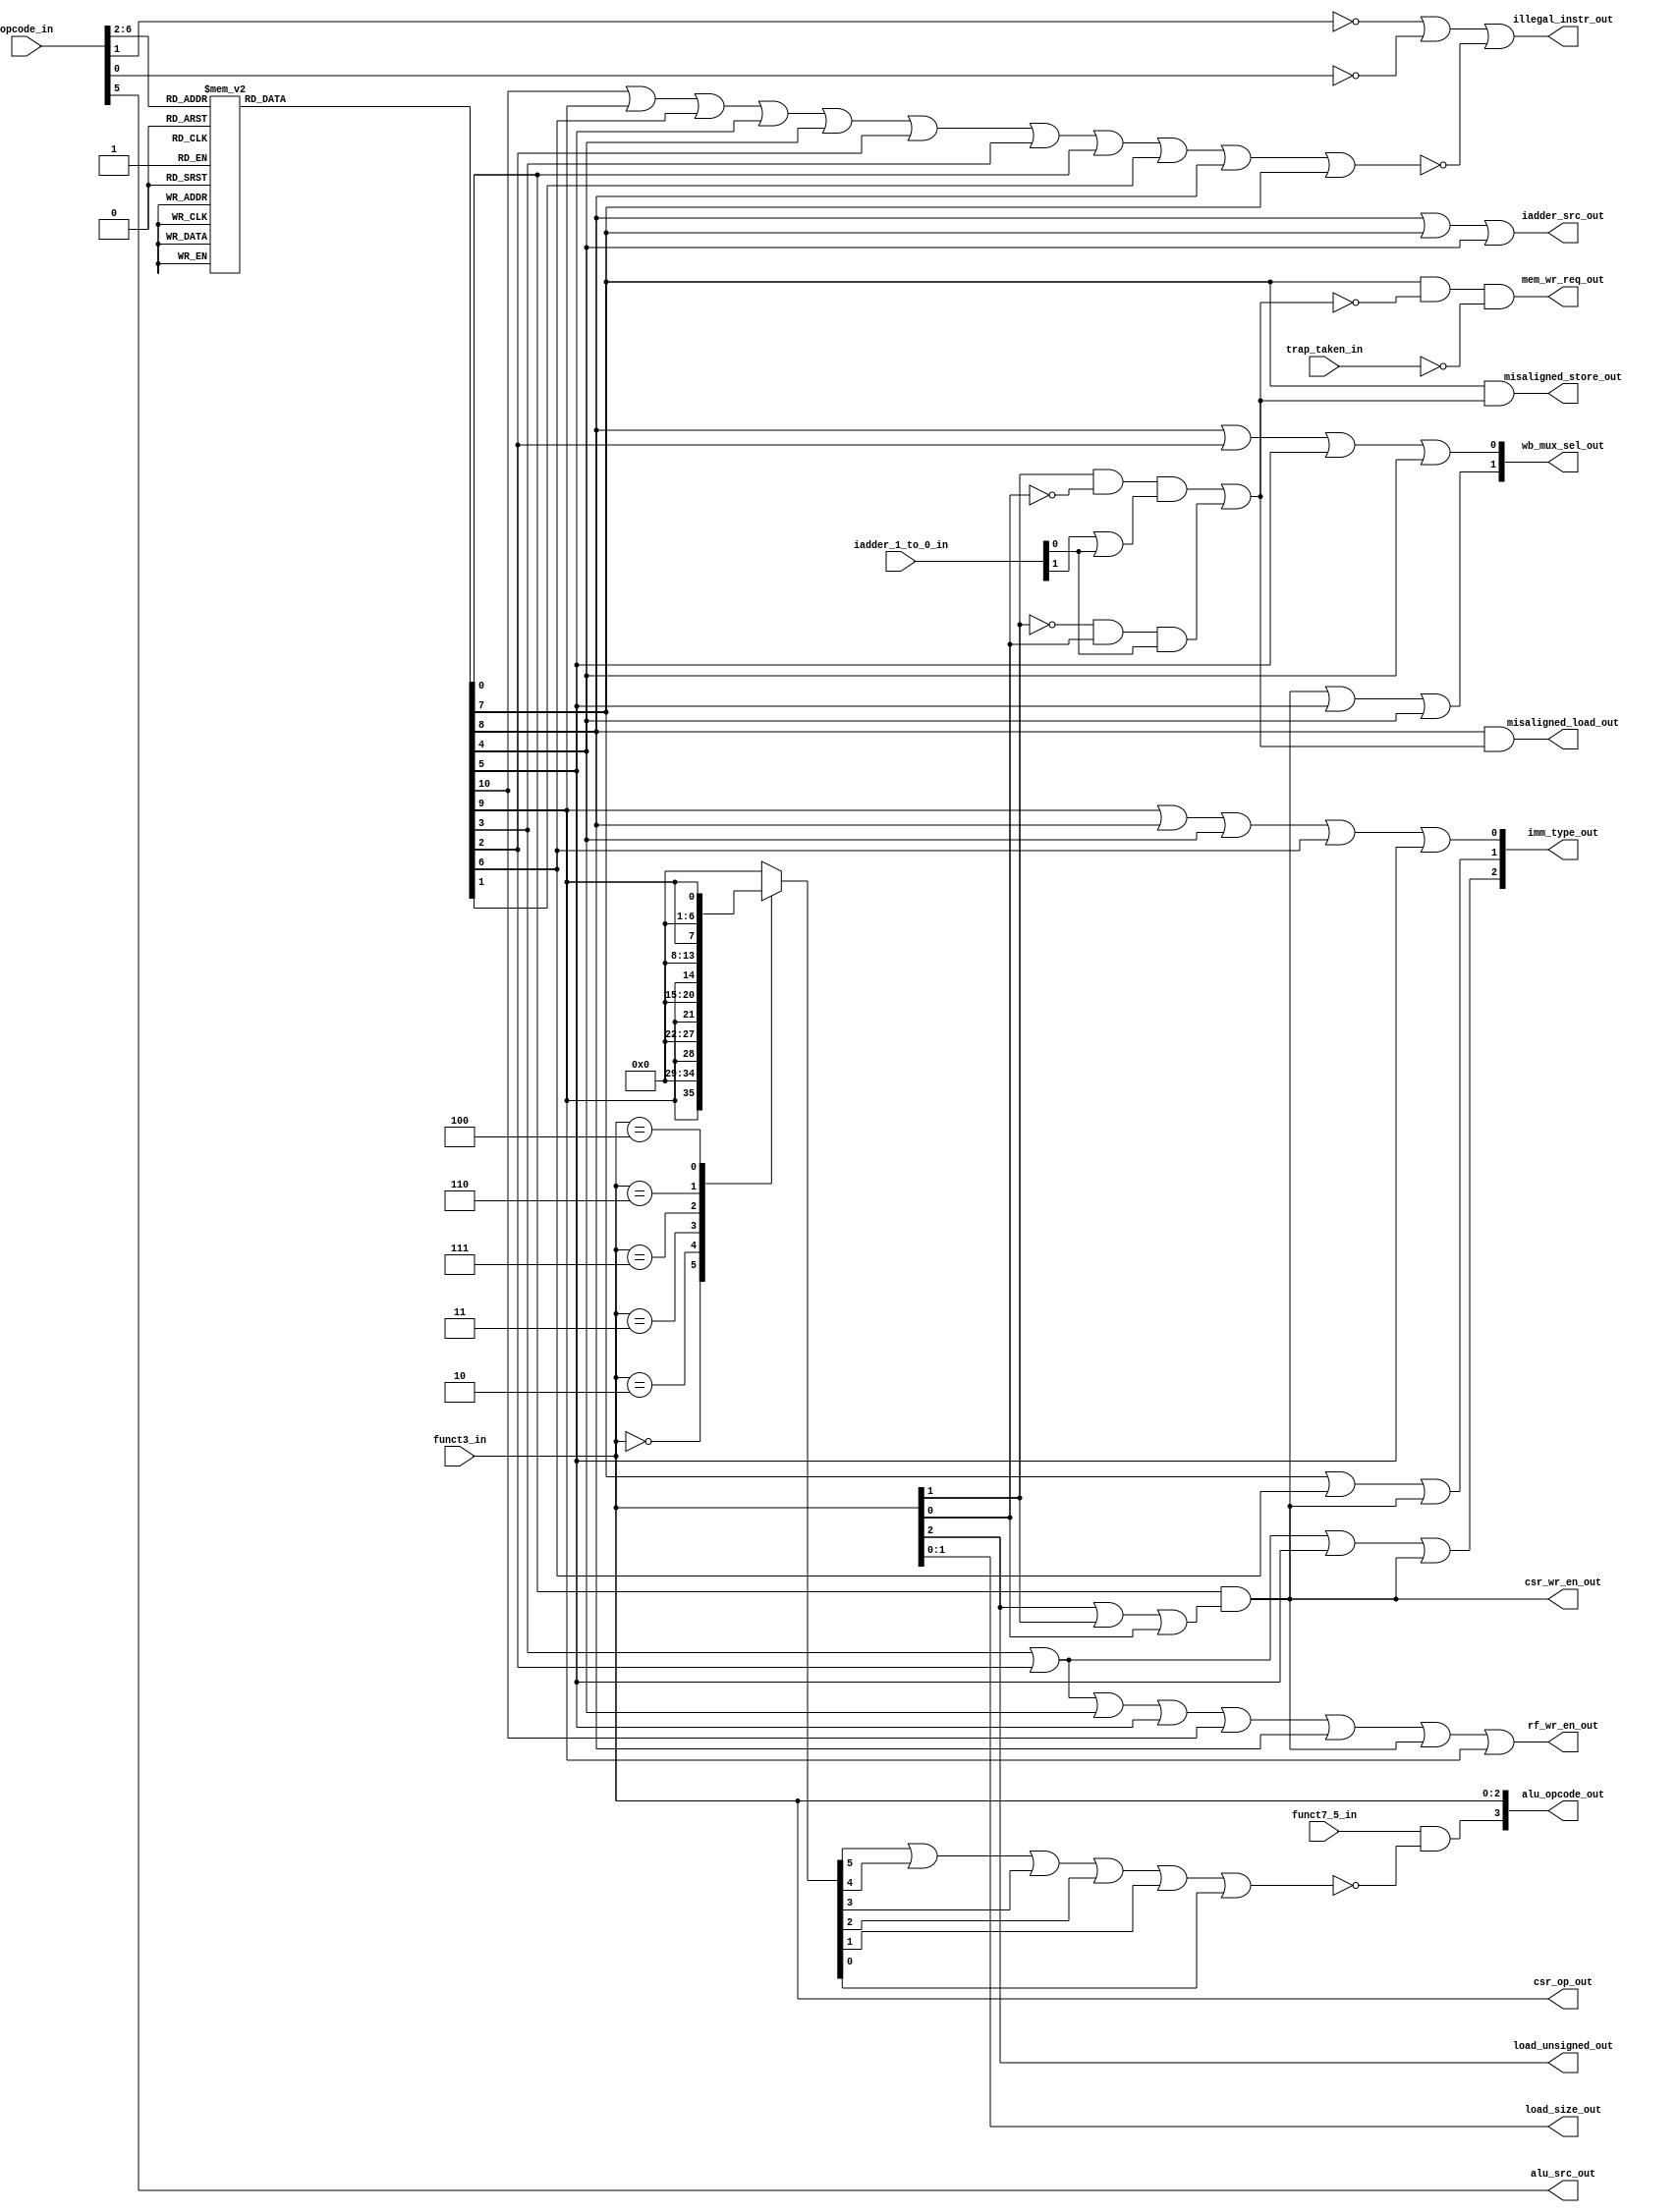
                            
`timescale 1ns / 1ps

module msrv32_dec(
                  input [6:0] opcode_in,            //instruction opcode for selecting instruction types
                  input funct7_5_in,                //selecting SRA and SUB
                  input [2:0] funct3_in,            //furture selection of instruction within the instruction types
                  input [1:0] iadder_1_to_0_in,     //last 2 bits of instruction address, used to check for any misalignment
                  input trap_taken_in,              //ip from machine control indicating Interrupt(if MIE==1),exception(eg misalignment or illegal instr) ecall & ebreak
    
                  output [3:0] alu_opcode_out,      //opcode value to the ALU for arithmetic instructions 
                  output mem_wr_req_out,            //driven to the store unit for selecting the type of data masking
                  output [1:0] load_size_out,       //driven to the load unit for selcting the size of data (i.e byte, half_word or word)
                  output load_unsigned_out,         //driven to the load unit for selecting data as signed or unsigned i.e sign-extension
                  output alu_src_out,               //select line used to choose R-type or I-type operation for ALU operations
                  output iadder_src_out,            //select line used to update next instruction address with (RS1+imm) or (PC_next+imm)
                  output csr_wr_en_out,             //write enable to csr register file
                  output rf_wr_en_out,              //write enable to register file
                  output [2:0] wb_mux_sel_out,      //write-back mux select line that selects the required result of the pipeline operations
                  output [2:0] imm_type_out,        //selection of the type of immediate (driven to the immediate generator)
                  output [2:0] csr_op_out,          
                  output illegal_instr_out,         //signal to indicate an illegal instruction (driven to machine control)
                  output misaligned_load_out,       //signal to indicate misaligned load (driven to machine control)
                  output misaligned_store_out       //signal to indicate misaligned store (driven to machine control)
                 );

// Implemented instruction type opcodes
   parameter  OPCODE_OP       =    5'b01100;
   parameter  OPCODE_OP_IMM   =    5'b00100;
   parameter  OPCODE_LOAD     =    5'b00000;
   parameter  OPCODE_STORE    =    5'b01000;
   parameter  OPCODE_BRANCH   =    5'b11000;
   parameter  OPCODE_JAL      =    5'b11011;
   parameter  OPCODE_JALR     =    5'b11001;
   parameter  OPCODE_LUI      =    5'b01101;
   parameter  OPCODE_AUIPC    =    5'b00101;
   parameter  OPCODE_MISC_MEM =    5'b00011;
   parameter  OPCODE_SYSTEM   =    5'b11100;

// funct3 logical and arithmetic instructions
   parameter  FUNCT3_ADD      =    3'b000;
   parameter  FUNCT3_SUB      =    3'b000;
   parameter  FUNCT3_SLT      =    3'b010;
   parameter  FUNCT3_SLTU     =    3'b011;
   parameter  FUNCT3_AND      =    3'b111;
   parameter  FUNCT3_OR       =    3'b110;
   parameter  FUNCT3_XOR      =    3'b100;
   parameter  FUNCT3_SLL      =    3'b001;
   parameter  FUNCT3_SRL      =    3'b101;
   parameter  FUNCT3_SRA      =    3'b101;

   reg is_branch;
   reg is_jal;
   reg is_jalr;
   reg is_auipc;
   reg is_lui;
   reg is_load;
   reg is_store;
   reg is_system;
   wire is_csr;
   reg is_op;
   reg is_op_imm;
   reg is_misc_mem;
   reg is_addi;
   reg is_slti;
   reg is_sltiu;
   reg is_andi;
   reg is_ori;
   reg is_xori;
   wire is_implemented_instr;
   wire mal_word;
   wire mal_half;
   wire misaligned;
        
   //Possible operation type selection depending on the opcode value combination
   always @*
   begin
      case(opcode_in [6:2])
         OPCODE_OP         : {is_op, is_op_imm, is_load, is_store, is_branch, is_jal, is_jalr, is_lui, is_auipc, is_misc_mem, is_system} = 11'b10000000000;
         OPCODE_OP_IMM     : {is_op, is_op_imm, is_load, is_store, is_branch, is_jal, is_jalr, is_lui, is_auipc, is_misc_mem, is_system} = 11'b01000000000;
         OPCODE_LOAD       : {is_op, is_op_imm, is_load, is_store, is_branch, is_jal, is_jalr, is_lui, is_auipc, is_misc_mem, is_system} = 11'b00100000000;
         OPCODE_STORE      : {is_op, is_op_imm, is_load, is_store, is_branch, is_jal, is_jalr, is_lui, is_auipc, is_misc_mem, is_system} = 11'b00010000000;
	 OPCODE_BRANCH     : {is_op, is_op_imm, is_load, is_store, is_branch, is_jal, is_jalr, is_lui, is_auipc, is_misc_mem, is_system} = 11'b00001000000;
         OPCODE_JAL        : {is_op, is_op_imm, is_load, is_store, is_branch, is_jal, is_jalr, is_lui, is_auipc, is_misc_mem, is_system} = 11'b00000100000;
         OPCODE_JALR       : {is_op, is_op_imm, is_load, is_store, is_branch, is_jal, is_jalr, is_lui, is_auipc, is_misc_mem, is_system} = 11'b00000010000;
         OPCODE_LUI        : {is_op, is_op_imm, is_load, is_store, is_branch, is_jal, is_jalr, is_lui, is_auipc, is_misc_mem, is_system} = 11'b00000001000;
         OPCODE_AUIPC      : {is_op, is_op_imm, is_load, is_store, is_branch, is_jal, is_jalr, is_lui, is_auipc, is_misc_mem, is_system} = 11'b00000000100;
         OPCODE_MISC_MEM   : {is_op, is_op_imm, is_load, is_store, is_branch, is_jal, is_jalr, is_lui, is_auipc, is_misc_mem, is_system} = 11'b00000000010;
	 OPCODE_SYSTEM     : {is_op, is_op_imm, is_load, is_store, is_branch, is_jal, is_jalr, is_lui, is_auipc, is_misc_mem, is_system} = 11'b00000000001;
	 default           : {is_op, is_op_imm, is_load, is_store, is_branch, is_jal, is_jalr, is_lui, is_auipc, is_misc_mem, is_system} = 11'b00000000000;
      endcase
   end

   //Possible instruction selections depending on the funct3 combination (for I type operations)
   always @*
   begin
      case(funct3_in)
         FUNCT3_ADD       : {is_addi,is_slti,is_sltiu,is_andi,is_ori,is_xori} = {is_op_imm, 1'b0, 1'b0, 1'b0, 1'b0, 1'b0};
         FUNCT3_SLT       : {is_addi,is_slti,is_sltiu,is_andi,is_ori,is_xori} = {1'b0, is_op_imm, 1'b0, 1'b0, 1'b0, 1'b0};    
         FUNCT3_SLTU      : {is_addi,is_slti,is_sltiu,is_andi,is_ori,is_xori} = {1'b0, 1'b0, is_op_imm, 1'b0, 1'b0, 1'b0};
         FUNCT3_AND       : {is_addi,is_slti,is_sltiu,is_andi,is_ori,is_xori} = {1'b0, 1'b0, 1'b0, is_op_imm, 1'b0, 1'b0};
         FUNCT3_OR        : {is_addi,is_slti,is_sltiu,is_andi,is_ori,is_xori} = {1'b0, 1'b0, 1'b0, 1'b0, is_op_imm, 1'b0};                     
         FUNCT3_XOR       : {is_addi,is_slti,is_sltiu,is_andi,is_ori,is_xori} = {1'b0, 1'b0, 1'b0, 1'b0, 1'b0, is_op_imm};
	 default          : {is_addi,is_slti,is_sltiu,is_andi,is_ori,is_xori} = 6'b000000;
      endcase
   end

   //Driven to the load unit
   assign load_size_out = funct3_in[1:0];
   assign load_unsigned_out = funct3_in[2];
    
   assign alu_src_out = opcode_in[5];
    
   //for system control operation; Driven to the csr file
   assign is_csr = is_system & (funct3_in[2] | funct3_in[1] | funct3_in[0]); 
   assign csr_wr_en_out = is_csr;
   assign csr_op_out = funct3_in;
    
   assign iadder_src_out = is_load | is_store | is_jalr;
   assign rf_wr_en_out = is_lui | is_auipc | is_jalr | is_jal | is_op | is_load | is_csr | is_op_imm;//these operations require the register file
   assign alu_opcode_out[2:0] = funct3_in;
   assign alu_opcode_out[3] = funct7_5_in & ~(is_addi | is_slti | is_sltiu | is_andi | is_ori | is_xori);//select between identical funct3 operations
    
   //selection for write back mux result
   assign wb_mux_sel_out[0] = is_load | is_auipc | is_jal | is_jalr;
   assign wb_mux_sel_out[1] = is_csr | is_jal | is_jalr;

   //selecting the type of immediate based on the instruction type
   assign imm_type_out[0] = is_op_imm | is_load | is_jalr | is_branch | is_jal;
   assign imm_type_out[1] = is_store | is_branch | is_csr;
   assign imm_type_out[2] = is_lui | is_auipc | is_jal | is_csr;

   assign is_implemented_instr = is_op | is_op_imm | is_branch | is_jal | is_jalr | is_auipc | is_lui | is_system | is_misc_mem | is_load | is_store;
    
   //Illegal instruction exception
   assign illegal_instr_out = ~opcode_in[1] | ~opcode_in[0] | ~is_implemented_instr;

   //Misaligned load and store exception
   assign mal_word = funct3_in[1] & ~funct3_in[0] & (iadder_1_to_0_in[1] | iadder_1_to_0_in[0]);
   assign mal_half = ~funct3_in[1] & funct3_in[0] & iadder_1_to_0_in[0];
   assign misaligned = mal_word | mal_half;
   assign misaligned_store_out = is_store & misaligned;
   assign misaligned_load_out = is_load & misaligned;

   //write eneable to memory (via store unit)
   assign mem_wr_req_out = is_store & ~misaligned & ~trap_taken_in;
    
    
endmodule